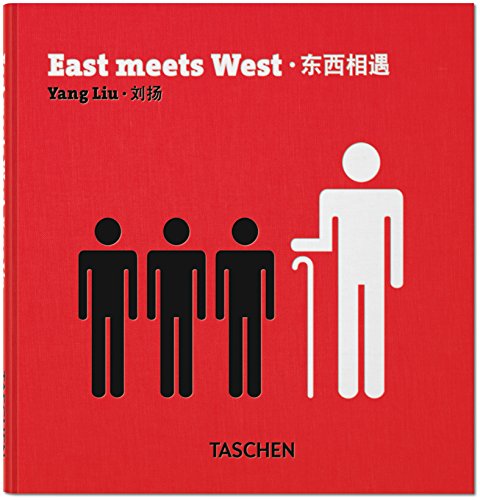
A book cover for Yang Liu: East meets West; Humor & Entertainment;